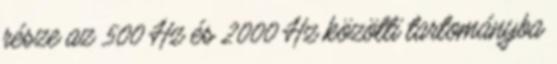
része az 500 Hz és 2000 Hz közötti tartományba